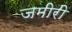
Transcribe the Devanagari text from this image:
जमीरी